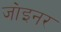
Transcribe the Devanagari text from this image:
जा॓इनर